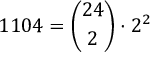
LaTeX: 1 1 0 4 = { \binom { 2 4 } { 2 } } \cdot 2 ^ { 2 }